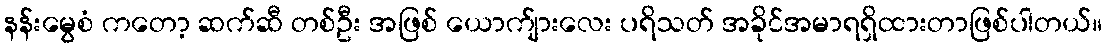
နန်းမွေစံ ကတော့ ဆက်ဆီ တစ်ဦး အဖြစ် ယောက်ျားလေး ပရိသတ် အခိုင်အမာရရှိထားတာဖြစ်ပါတယ်။